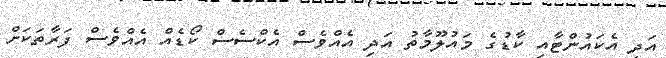
އަދި އެކައުންޓާއި ކާޑުގެ މައުލޫމާތު އަދި އެއްވެސް އެކްސެސް ކޯޑެއް އެއްވެސް ފަރާތަކަށް